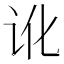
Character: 讹